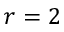
r = 2